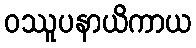
ဝဿူပနာယိကာယ